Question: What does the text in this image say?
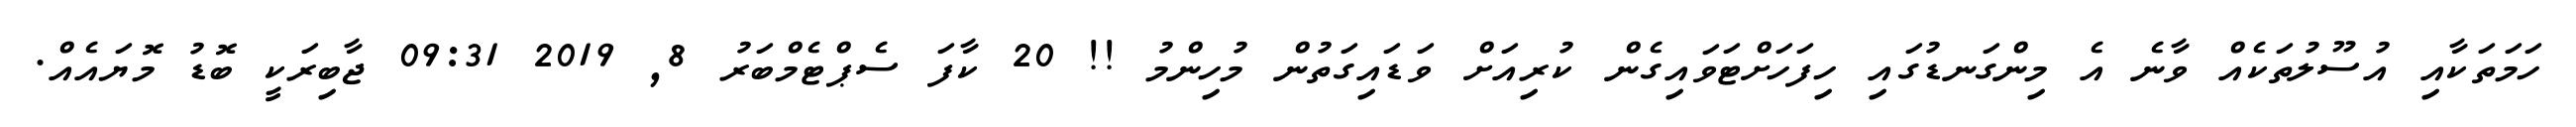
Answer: ހަމަތަކާއި އުސޫލުތަކެއް ވާނެ އެ މިންގަނޑުގައި ހިފަހަށްޓަވައިގެން ކުރިއަށް ވަޑައިގަތުން މުހިންމު !! 20 ކާފަ ސެޕްޓެމްބަރު 8, 2019 09:31 ޖާބިރަކީ ބޮޑު މޮޔައެއް.